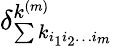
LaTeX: \delta_{\sum{k_{i_{1}i_{2}\ldots i_{m}}}}^{k^{(m)}}